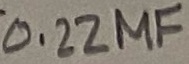
Text: 0.22µF